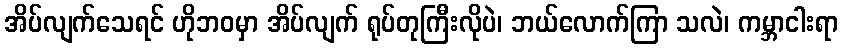
အိပ်လျက်သေရင် ဟိုဘဝမှာ အိပ်လျက် ရုပ်တုကြီးလိုပဲ၊ ဘယ်လောက်ကြာ သလဲ၊ ကမ္ဘာငါးရာ